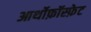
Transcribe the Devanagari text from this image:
आर्थोफ़ॉस्फ़ेट